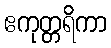
ဧကုတ္တရိကာ